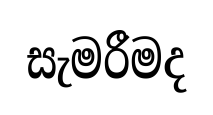
සැමරීමද